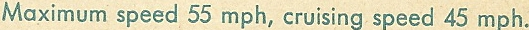
Maximum speed 55 mph, cruising speed 45 mph.